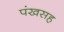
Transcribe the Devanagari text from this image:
पंखसह